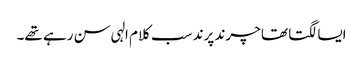
ایسا لگتا تھا چرند پرند سب کلام الہی سن رہے تھے۔